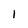
Character: 1